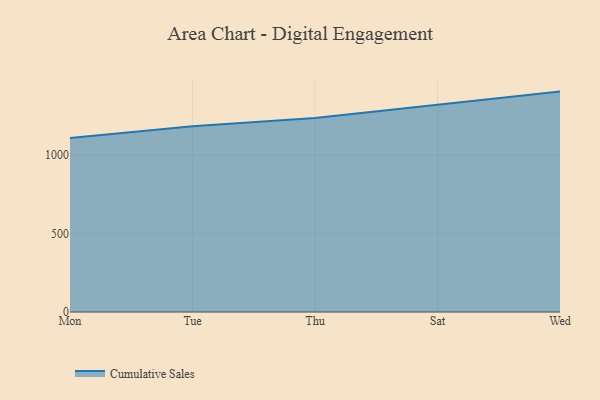
{"axis": {"x": "Day", "y": "Operating Costs (USD K)"}, "legend": ["Cumulative Sales"], "data": [{"x": "Mon", "y": 1108.2, "type": "Cumulative Sales"}, {"x": "Tue", "y": 1184.1, "type": "Cumulative Sales"}, {"x": "Thu", "y": 1236.1, "type": "Cumulative Sales"}, {"x": "Sat", "y": 1321.4, "type": "Cumulative Sales"}, {"x": "Wed", "y": 1404.3, "type": "Cumulative Sales"}]}